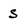
Character: S